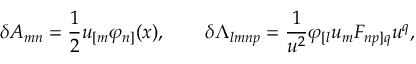
\delta A _ { m n } = { \frac { 1 } { 2 } } u _ { [ m } \varphi _ { n ] } ( x ) , \qquad \delta \Lambda _ { l m n p } = { \frac { 1 } { u ^ { 2 } } } \varphi _ { [ l } u _ { m } { \cal F } _ { n p ] q } u ^ { q } ,